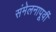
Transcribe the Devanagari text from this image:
संमेलनापूर्वी